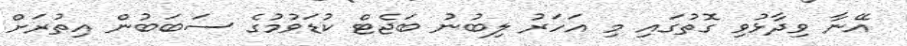
އޭނާ ވިދާޅުވި ގޮތުގައި މި އަހަރު ލިބުނު ބަޖެޓް ކުޑަވުމުގެ ސަބަބުން އިތުރަށް